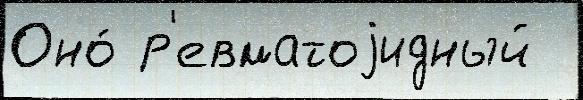
Оно́ р'евматоjидный